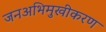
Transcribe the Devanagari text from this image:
जनअभिमुखीकरण